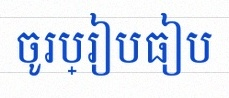
ចូរប្រៀបធៀប